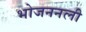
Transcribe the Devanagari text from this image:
भोजननली